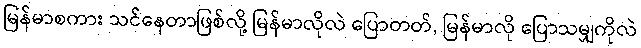
မြန်မာစကား သင်နေတာဖြစ်လို့ မြန်မာလိုလဲ ပြောတတ်, မြန်မာလို ပြောသမျှကိုလဲ